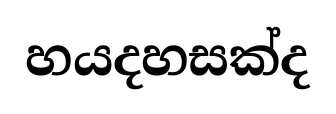
හයදහසක්ද